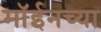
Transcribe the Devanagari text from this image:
मॉईनच्या